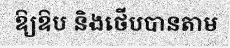
ឱ្យឱប និងថើបបានតាម